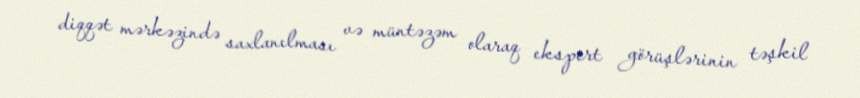
diqqət mərkəzində saxlanılması və müntəzəm olaraq ekspert görüşlərinin təşkil